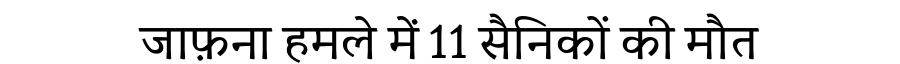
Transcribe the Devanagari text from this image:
जाफ़ना हमले में 11 सैनिकों की मौत